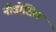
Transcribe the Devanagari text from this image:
नीडोसिल